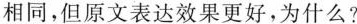
相同，但原文表达效果更好，为什么?